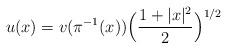
LaTeX: \begin{align*}u(x)=v(\pi^{-1}(x))\Big( \frac{1+|x|^2}{2}\Big)^{1/2}\end{align*}